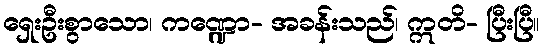
ရှေးဦးစွာသော၊ ကဏ္ဍော- အခန်းသည်၊ ဣတိ- ပြီးပြီ။